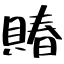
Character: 賰